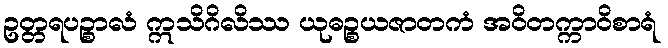
ဥတ္တရပဉ္စာလံ ဣသိဂိလိဿ ယုဓဉ္စယဇာတကံ အဝိတက္ကာဝိစာရံ